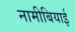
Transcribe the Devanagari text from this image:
नामीबियाई